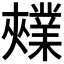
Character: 𫰃